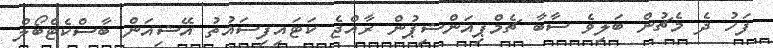
ފަހު ދެ މެޗުން ބަލިވެ ސާބާ ޗެމްޕިއަންޝިޕުން ރާއްޖެ ކަޓައިފިސައުތު އޭޝިއަން ބާސްކެޓްބޯލް